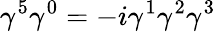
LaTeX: \gamma^{5}\gamma^{0}=-i\gamma^{1}\gamma^{2}\gamma^{3}